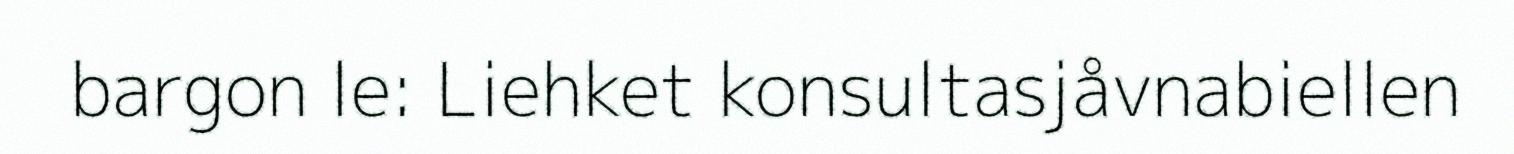
bargon le: Liehket konsultasjåvnabiellen